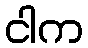
ငါက